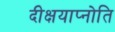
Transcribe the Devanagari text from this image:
दीक्षयाप्नोति